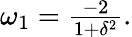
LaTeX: \begin{array}{r}{\omega_{1}=\frac{-2}{1+\delta^{2}}.}\end{array}